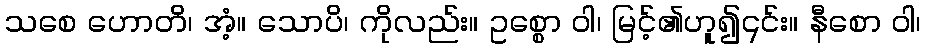
သစေ ဟောတိ၊ အံ့။ သောပိ၊ ကိုလည်း။ ဥစ္စော ဝါ၊ မြင့်၏ဟူ၍၎င်း။ နီစော ဝါ၊